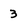
Character: 3